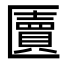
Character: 匵